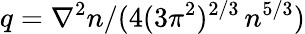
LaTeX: q=\nabla^{2}n/(4(3\pi^{2})^{2/3}\, n^{5/3})